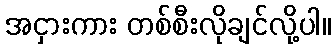
အငှားကား တစ်စီးလိုချင်လို့ပါ။